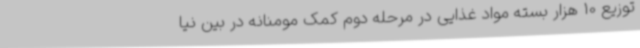
توزیع 10 هزار بسته مواد غذایی در مرحله دوم کمک مومنانه در بین نیا